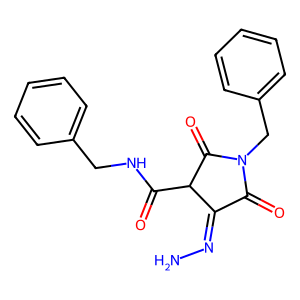
SMILES: NN=C1C(=O)N(Cc2ccccc2)C(=O)C1C(=O)NCc1ccccc1
Inhibits HIV replication: No